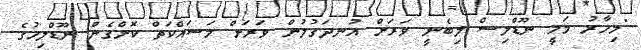
"މިހާރު މަމީ ނޫޑްލިސް ލިބެނީ ވަރަށް އުނދަގުލުން ވަރަށް މަސައްކަތް ކޮށްގެން ނޫޑްލިހުގެ